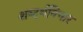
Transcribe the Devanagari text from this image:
शब्दर्थविचार